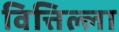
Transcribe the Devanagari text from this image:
वित्तिल्ला